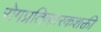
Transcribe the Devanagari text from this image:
रोगप्रतिकारकशक्ती